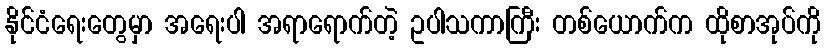
နိုင်ငံရေးတွေမှာ အရေးပါ အရာရောက်တဲ့ ဥပါသကာကြီး တစ်ယောက်က ထိုစာအုပ်ကို